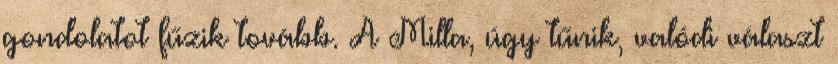
gondolatot fűzik tovább. A Milla, úgy tűnik, valódi választ